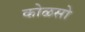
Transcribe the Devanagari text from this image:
कोळसो